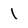
Character: l